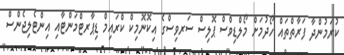
ކުރަމުންދާ ފަރާތްތައް ހޯދުމަށް މޯލްޑިވްސް ޕޮލިސް ސަރވިސްގެ އިކޮނޮމިކް ކްރައިމް ޑިޕާރޓްމަންޓާއި އިންޓެލިޖެންސް